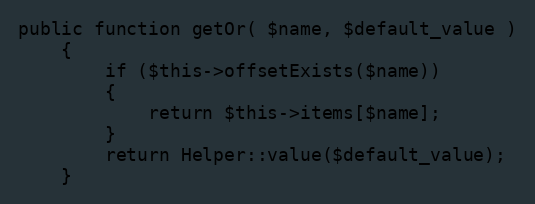
Language: PHP
public function getOr( $name, $default_value )
	{
		if ($this->offsetExists($name))
		{
			return $this->items[$name];
		}
		return Helper::value($default_value);
	}